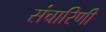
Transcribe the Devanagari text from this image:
संचारिणी